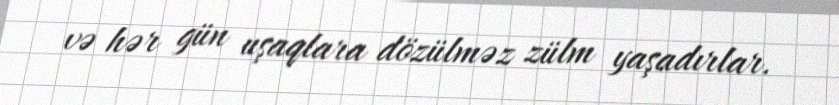
və hər gün uşaqlara dözülməz zülm yaşadırlar.